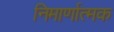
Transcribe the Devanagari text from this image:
निमार्णात्मक